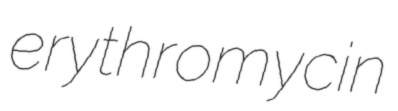
erythromycin